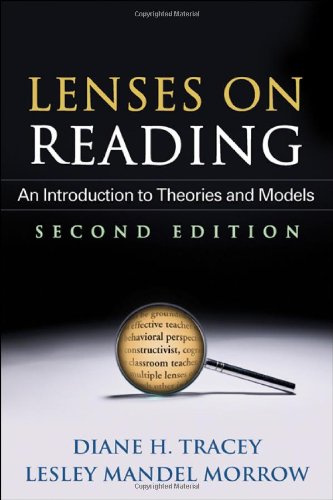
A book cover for Lenses on Reading, Second Edition: An Introduction to Theories and Models; Diane H. Tracey; Reference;